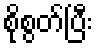
စိုစွတ်ပြီး